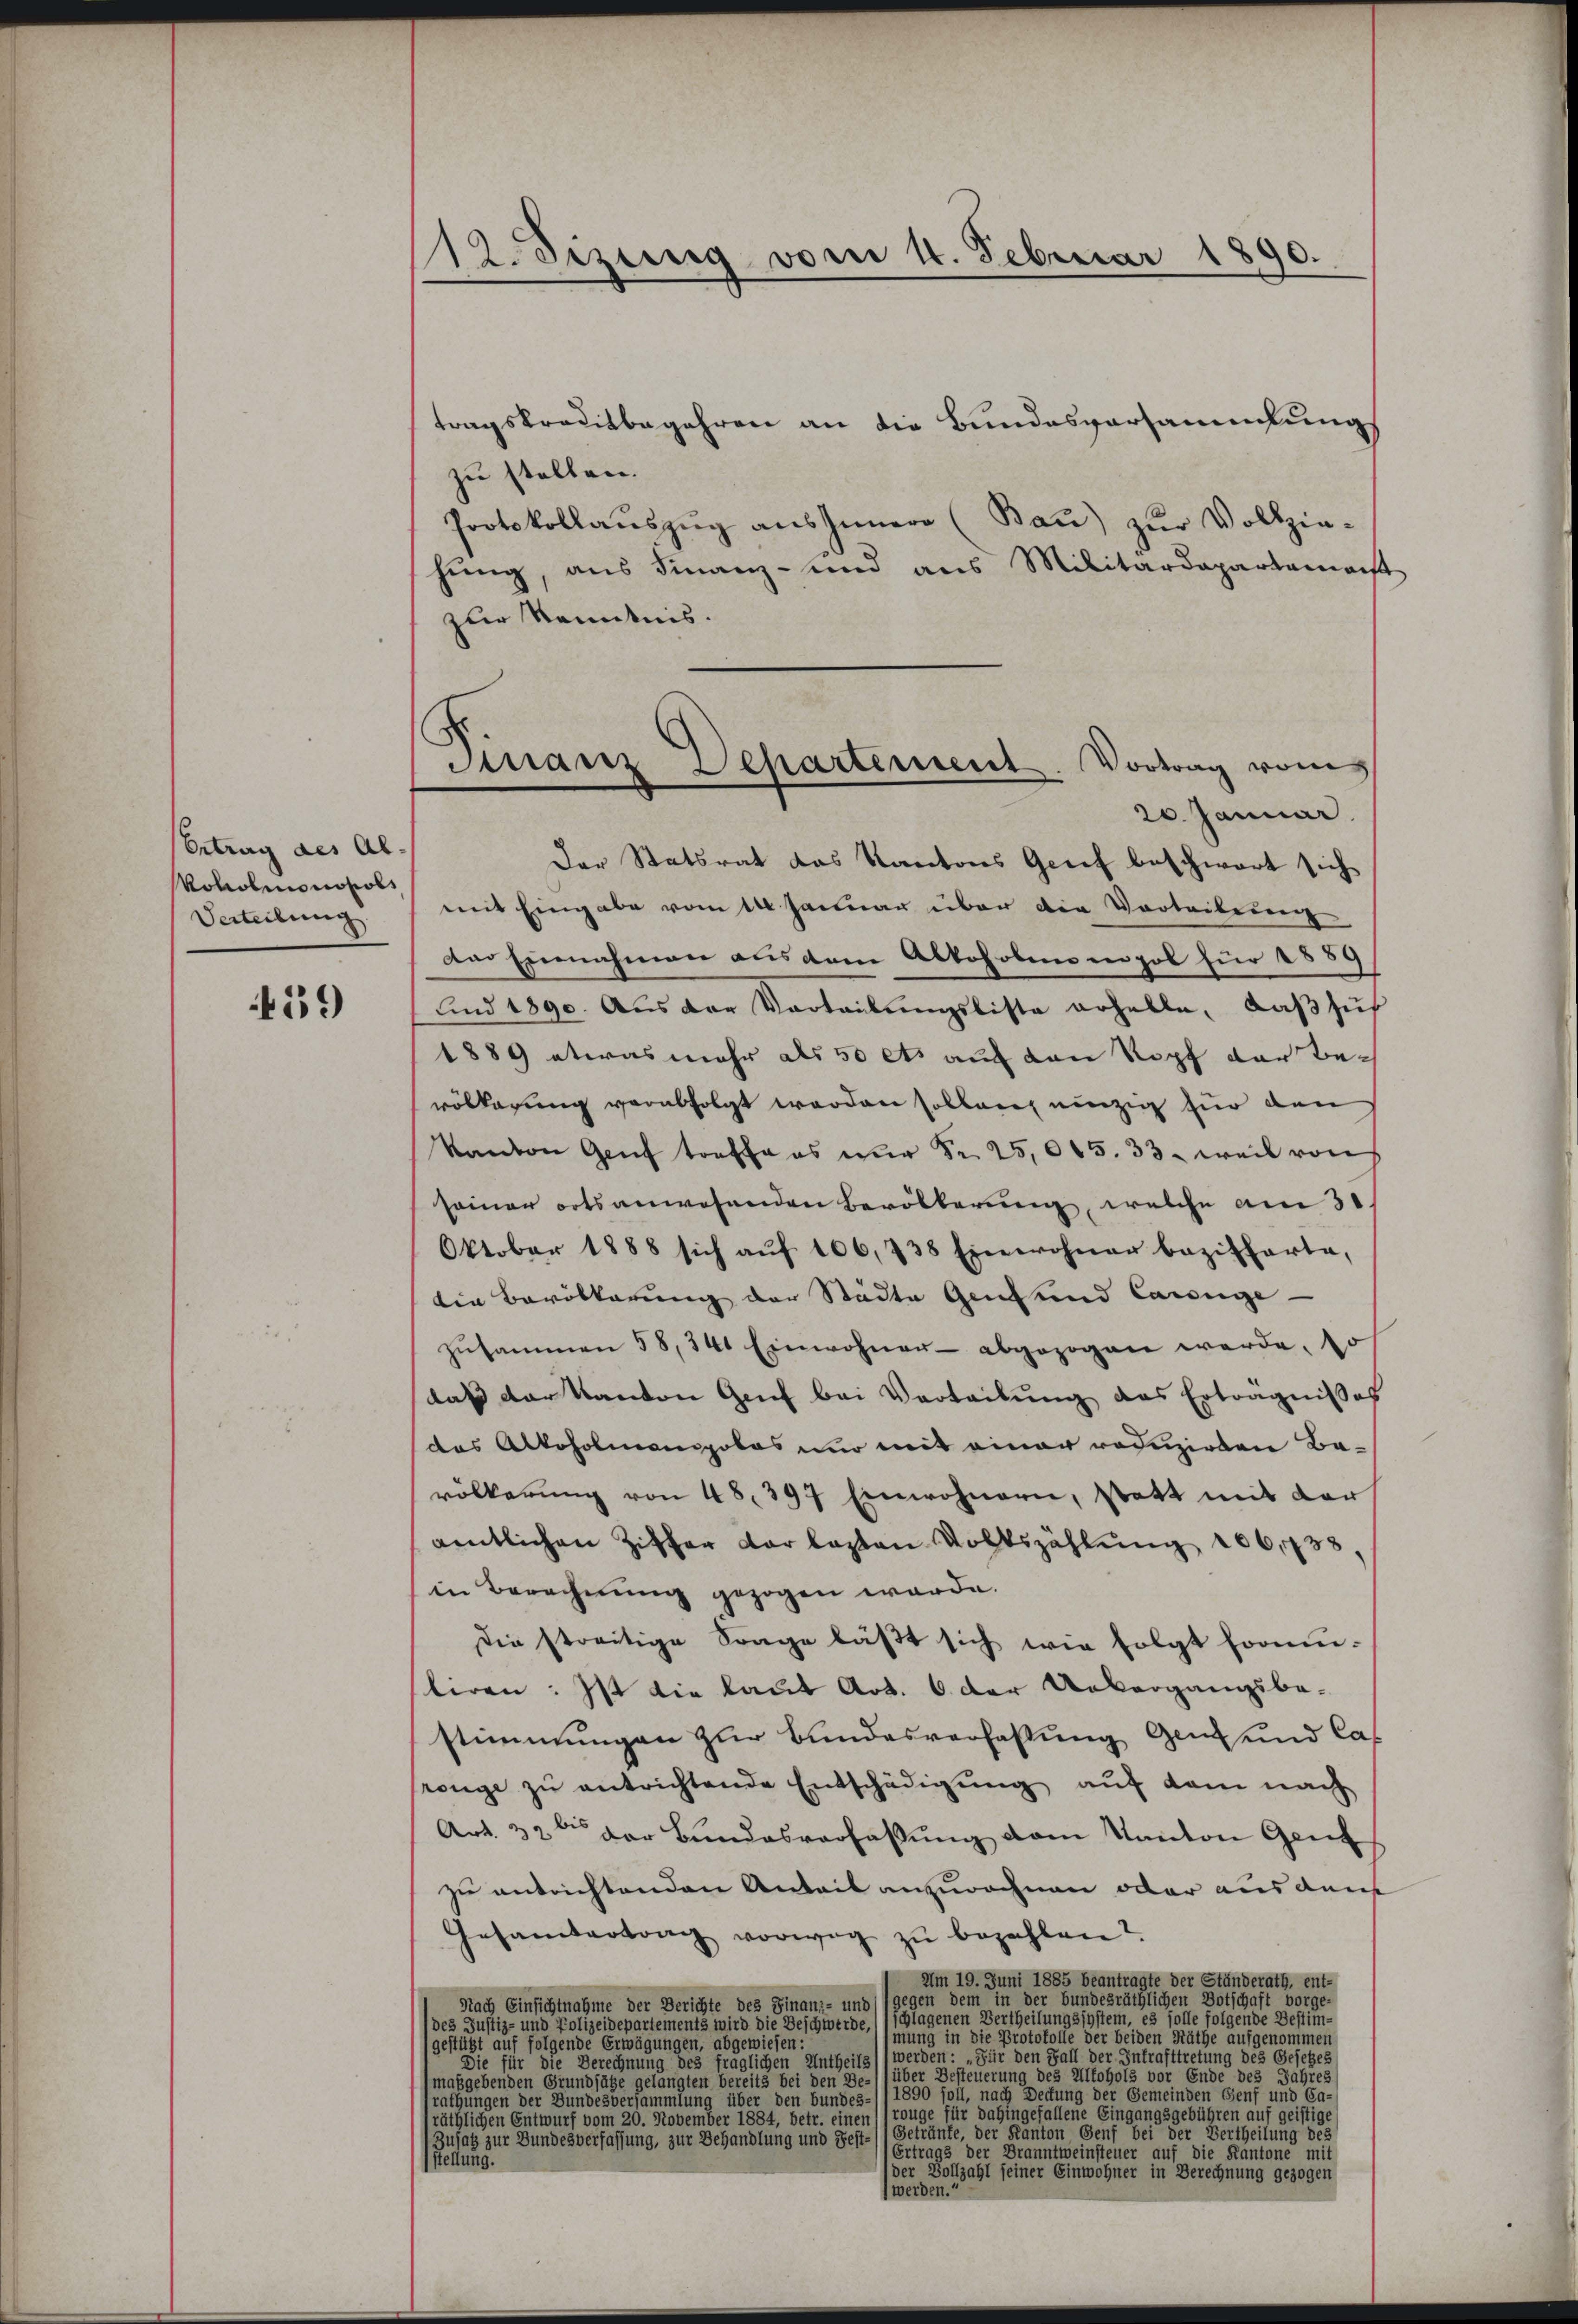
Ertrag des Al.
Roholmonopols
Verteilung

19

12. Btzinnig vom 18. Februar 1890.

tragskreditbegehren an die Bundesversammlungs
zu stellen.
Protokollauszug aus Innern (Bau) zur Vollziehung, aus Finanz- und aus Militärdepartamaist
zur Kenntnis.
Der Statsrat das Kantons Grief beschwart sich
mit Eingabe vom 14. Januar über die Vorteibung
Der Einnahmen aus dem Abtohobinsenpol für 1889
und 1890. Aus der Vorteilŭngsliste erhelle, daβ sich
1889 etwas mehr als 50 ets auf den Kopf der Bevölkerung verabfolgt worden sollen, einzig für den
kanton Genf treffe es nur Fr. 25,005. 33. weil von
seiner orts anwesenden Bevölkerung, welche am 31.
Oktober 1888 sich aŭf 106, 738 Einwohner beziffarte,
din Bevölkerung der Städte Genf und Cassage.
Zŭsammen 58, 341 Einwohner abgezogen werde, so
daß der Kanton Genf bei Verteilung das Erträgnisses
das Alkoholmongolos nur mit einer reduzirten Ba-
völkerŭng von 48. 397 Einwohnern, statt mit der
amtlichen Ziffer verlasten Volkszählung 206,738,
in Berechnung gezogen werde.
Die streitige Frage läβt sich wie folgt formŭ-
liren: Ist die laut Art. 6 der Uebergangsbe-
stimmungen zur Bundesverfassung gen und Cas
rönge zŭ entrichtende Entschädigung auf dem nach
Art. 32 der Bundesverfassŭng vom Kanton Genf
zu entrichtenden Anteil anzurechnen oder aus ders
Gesamtertrag vorweg zŭ bezahlen?
Am 19. Juni 1885 beantragte der Ständerath, ent-
Nach Einsichtnahme der Berichte des Finanz- und gegen dem in der bundesräthlichen Botschaft vorge-
des Justiz- und Polizeidepartements wird die Beschwerde, (schlagenen Vertheilungssystem, es solle folgende Bestim-
mung in die Protokolle der beiden Räthe aufgenommen
(gestützt auf folgende Erwägungen, abgewiesen:
Sie für die Berechnung des fraglichen Antheils werden: „Für den Fall der Intrafttretung des Gesetzes
maßgebenden Grundsätze gelangten bereits bei den Be-((über Besteuerung des Alkohols vor Ende des Jahres
rathungen der Bundesversammlung über den bündes-11 1890 soll, nach Deckung der Gemeinden Genf und Ca-
räthlichen Entwurf vom 20. November 1884, betr. einen (1rouge für dahingefallene Eingangsgebühren auf geistige
Zusatz zur Bundesverfassung, zur Behandlung und Fest-/) Geträufe, der Kanton Genf bei der Vertheilung des
Ertrags der Branntweinsteuer auf die Kantone mit
Stellung.
der Vollzahl seiner Einwohner in Berechnung gezogen
werden.

Finanz Departement. Vortrag vom
20. Januar